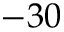
- 3 0